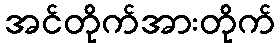
အင်တိုက်အားတိုက်